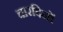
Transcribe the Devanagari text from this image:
चारदिनों